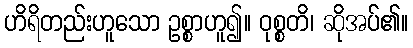
ဟိရိတည်းဟူသော ဥစ္စာဟူ၍။ ဝုစ္စတိ၊ ဆိုအပ်၏။